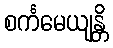
စင်္ကမေယျန္တိ